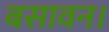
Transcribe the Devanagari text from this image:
बसावन।